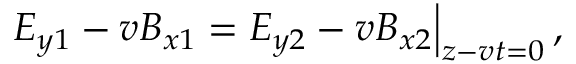
\left. E _ { y 1 } - v B _ { x 1 } = E _ { y 2 } - v B _ { x 2 } \right| _ { z - v t = 0 } ,